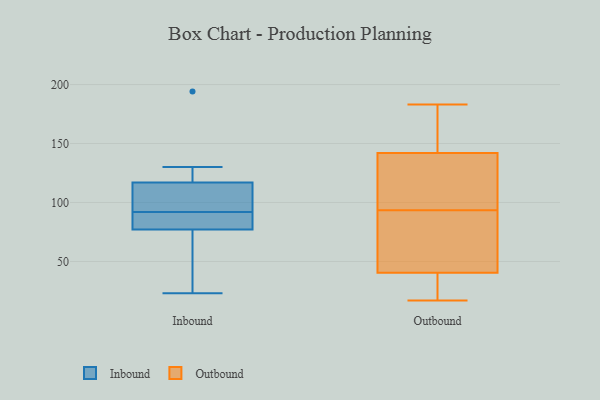
{"axis": {"x": "Conversion Rate (%)", "y": "Value"}, "legend": ["Inbound", "Outbound"], "data": [{"x": "", "y": 77, "type": "Inbound"}, {"x": "", "y": 80, "type": "Inbound"}, {"x": "", "y": 98, "type": "Inbound"}, {"x": "", "y": 57, "type": "Inbound"}, {"x": "", "y": 23, "type": "Inbound"}, {"x": "", "y": 97, "type": "Inbound"}, {"x": "", "y": 130, "type": "Inbound"}, {"x": "", "y": 87, "type": "Inbound"}, {"x": "", "y": 194, "type": "Inbound"}, {"x": "", "y": 117, "type": "Inbound"}, {"x": "", "y": 40, "type": "Outbound"}, {"x": "", "y": 82, "type": "Outbound"}, {"x": "", "y": 41, "type": "Outbound"}, {"x": "", "y": 94, "type": "Outbound"}, {"x": "", "y": 171, "type": "Outbound"}, {"x": "", "y": 98, "type": "Outbound"}, {"x": "", "y": 17, "type": "Outbound"}, {"x": "", "y": 183, "type": "Outbound"}, {"x": "", "y": 93, "type": "Outbound"}, {"x": "", "y": 80, "type": "Outbound"}, {"x": "", "y": 169, "type": "Outbound"}, {"x": "", "y": 141, "type": "Outbound"}, {"x": "", "y": 140, "type": "Outbound"}, {"x": "", "y": 143, "type": "Outbound"}, {"x": "", "y": 25, "type": "Outbound"}, {"x": "", "y": 22, "type": "Outbound"}]}